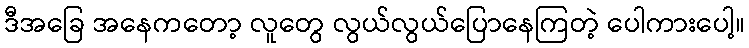
ဒီအခြေ အနေကတော့ လူတွေ လွယ်လွယ်ပြောနေကြတဲ့ ပေါကားပေါ့။